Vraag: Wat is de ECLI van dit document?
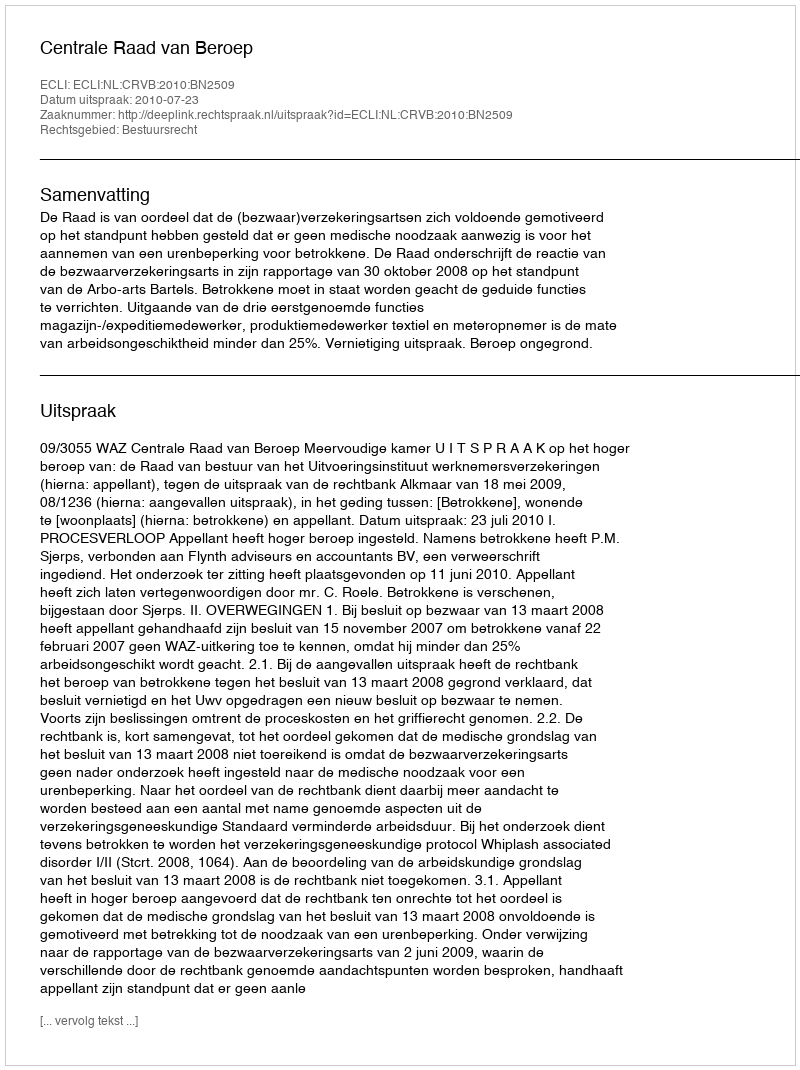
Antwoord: ECLI:NL:CRVB:2010:BN2509